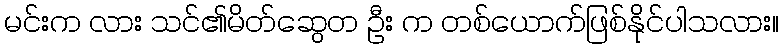
မင်းက လား သင်၏မိတ်ဆွေတ ဦး က တစ်ယောက်ဖြစ်နိုင်ပါသလား။